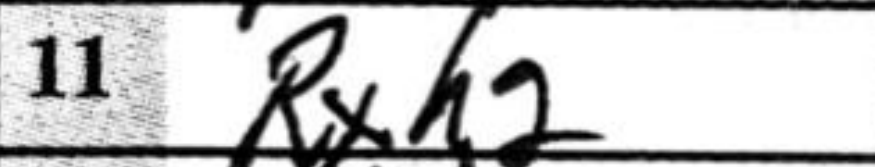
Transcription: Rxh2